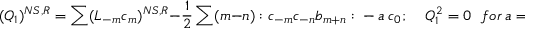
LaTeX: ( Q _ { 1 } ) ^ { N S , R } = \sum ( L _ { - m } c _ { m } ) ^ { N S , R } - \frac { 1 } { 2 } \sum ( m - n ) : c _ { - m } c _ { - n } b _ { m + n } : ~ - ~ a ~ c _ { 0 } ; ~ ~ ~ ~ ~ Q _ { 1 } ^ { 2 } = 0 ~ ~ ~ f o r ~ a = 1 .